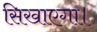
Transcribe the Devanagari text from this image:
सिखाएगा।